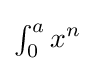
{\textstyle \textstyle \int _{0}^{a}\displaystyle x^{n}}